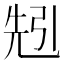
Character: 𠒒